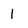
Character: 1